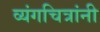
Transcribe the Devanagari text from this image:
व्यंगचित्रांनी